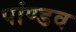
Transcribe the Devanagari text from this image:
पांण्‍डव